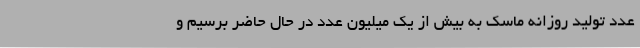
عدد تولید روزانه ماسک به بیش از یک میلیون عدد در حال حاضر برسیم و